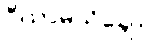
ပီယာမသိချေ။